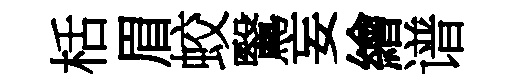
栝眉蛟鷖妄繪谱